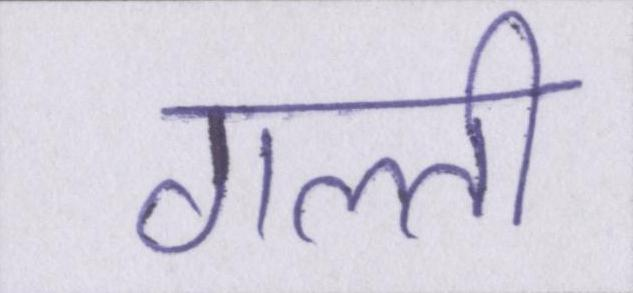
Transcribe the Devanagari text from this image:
गल्ती